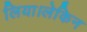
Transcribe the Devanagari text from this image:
लिया।लेकिन